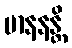
မာနနန္တိ